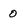
Character: o